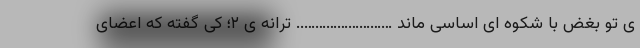
ی تو بغض با شکوه ای اساسی ماند …………………….. ترانه ی ٢؛ کی گفته که اعضایِ